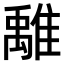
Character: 𩀌